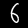
Digit: 6